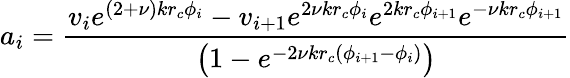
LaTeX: a_{i}=\frac{v_{i}e^{(2+\nu)kr_{c}\phi_{i}}-v_{i+1}e^{2\nu kr_{c}\phi_{i}}e^{2kr_{c}\phi_{i+1}}e^{-\nu kr_{c}\phi_{i+1}}}{\left(1-e^{-2\nu kr_{c}(\phi_{i+1}-\phi_{i})}\right)}